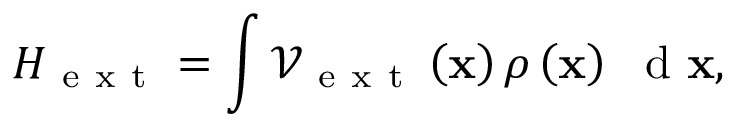
H _ { \mathrm { ~ e ~ x ~ t ~ } } = \int { \mathcal { V } _ { \mathrm { ~ e ~ x ~ t ~ } } \left( { \bf x } \right) \rho \left( { \bf x } \right) \ \mathrm { ~ d ~ } { \bf x } } ,